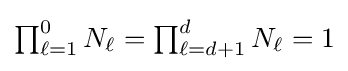
{\textstyle \prod _{\ell =1}^{0}N_{\ell }=\prod _{\ell =d+1}^{d}N_{\ell }=1}